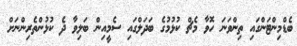
ބެޑްމިންޓަންގައި ތިންވަނަ ހޮވާ މެޗް ކުޅުމުގެ ބަދަލްގައި ސެމީއިން ބަލިވާ ދެ ކުޅުންތެރިންނަށް